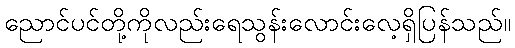
ညောင်ပင်တို့ကိုလည်းရေသွန်းလောင်းလေ့ရှိပြန်သည်။